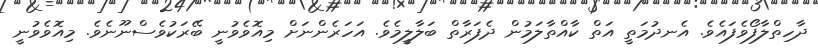
ދާހިތްލާފޯވެފައެވެ. އެނދުމަތީ އަތް ކާއްތާލަމުން ދެފަރާތް ބަލާލީމެވެ. އަހަރެންނަށް މިއޮވެވުނީ ބޭރަކުވެސްނޫނެވެ. މިއޮވެވުނީ